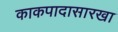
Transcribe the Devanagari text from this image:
काकपादासारखा